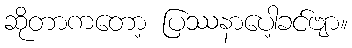
ဆိုတာကတော့ ပြဿနာပေါ့ခင်ဗျာ။